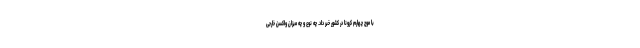
با موج چهارم کرونا در کشور خبر داد. چه نوع و چه میزان واکسن خارجی